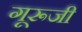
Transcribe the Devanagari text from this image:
गूरूजी